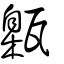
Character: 甈